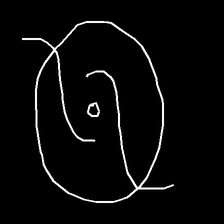
Glyph: repetition